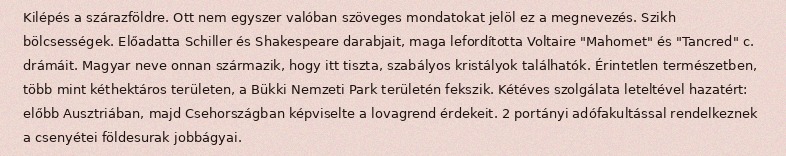
Kilépés a szárazföldre. Ott nem egyszer valóban szöveges mondatokat jelöl ez a megnevezés. Szikh bölcsességek. Előadatta Schiller és Shakespeare darabjait, maga lefordította Voltaire "Mahomet" és "Tancred" c. drámáit. Magyar neve onnan származik, hogy itt tiszta, szabályos kristályok találhatók. Érintetlen természetben, több mint kéthektáros területen, a Bükki Nemzeti Park területén fekszik. Kétéves szolgálata leteltével hazatért: előbb Ausztriában, majd Csehországban képviselte a lovagrend érdekeit. 2 portányi adófakultással rendelkeznek a csenyétei földesurak jobbágyai.